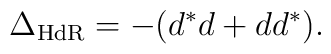
\Delta_{\rm HdR} =-(d^*d+dd^*).